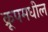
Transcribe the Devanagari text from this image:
क्रूपमधील